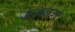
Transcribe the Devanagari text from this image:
ईजबर्ग